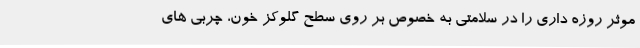
موثر روزه داری را در سلامتی به خصوص بر روی سطح گلوکز خون، چربی های